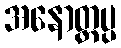
အနောတ္တပ္ပ